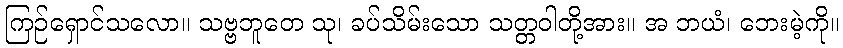
ကြဉ်ရှောင်သလော။ သဗ္ဗဘူတေ သု၊ ခပ်သိမ်းသော သတ္တဝါတို့အား။ အ ဘယံ၊ ဘေးမဲ့ကို။